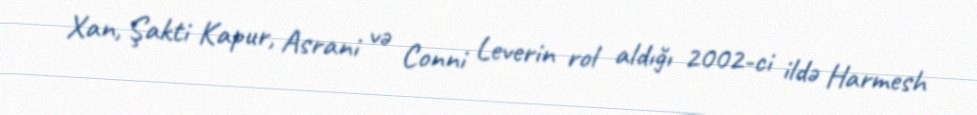
Xan, Şakti Kapur, Asrani və Conni Leverin rol aldığı 2002-ci ildə Harmesh